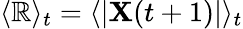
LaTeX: \langle\mathbb{R}\rangle_{t}=\langle|\mathbf{{X}}(t+1)|\rangle_{t}